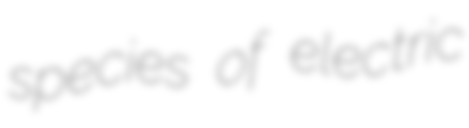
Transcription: species of electric